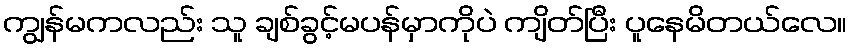
ကျွန်မကလည်း သူ ချစ်ခွင့်မပန်မှာကိုပဲ ကျိတ်ပြီး ပူနေမိတယ်လေ။